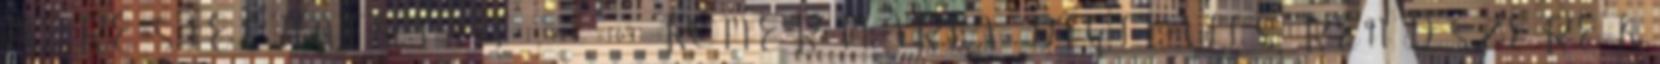
MÉRÉSTECHNIKA III. 1 725,- 169 RŐMER MÁRIA DIGITÁLIS RENDSZEREK